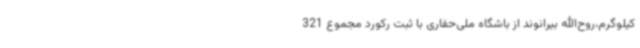
کیلوگرم،روح‌الله بیرانوند از باشگاه ملی‌حفاری با ثبت رکورد مجموع 321